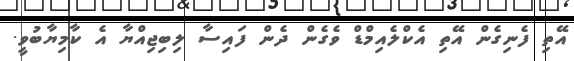
އޭތި ފެނިގެން އޭތި އެކްލެއިމްޑް ވެގެން ދެން ފައިސާ ލިބިޖިއްޔާ އެ ކާމިޔާބުވީ.